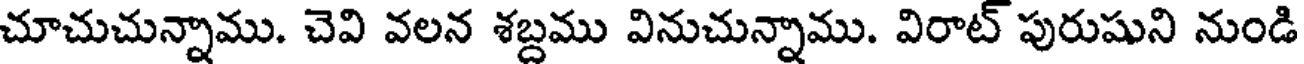
చూచుచున్నాము. చెవి వలన శబ్దము వినుచున్నాము. విరాట్ పురుషుని నుండి